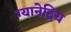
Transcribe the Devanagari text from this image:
ग्यानेद्रिय